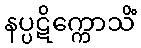
နပ္ပဋိက္ကောသိံ